Trukikaitis_Postimees, lk 34
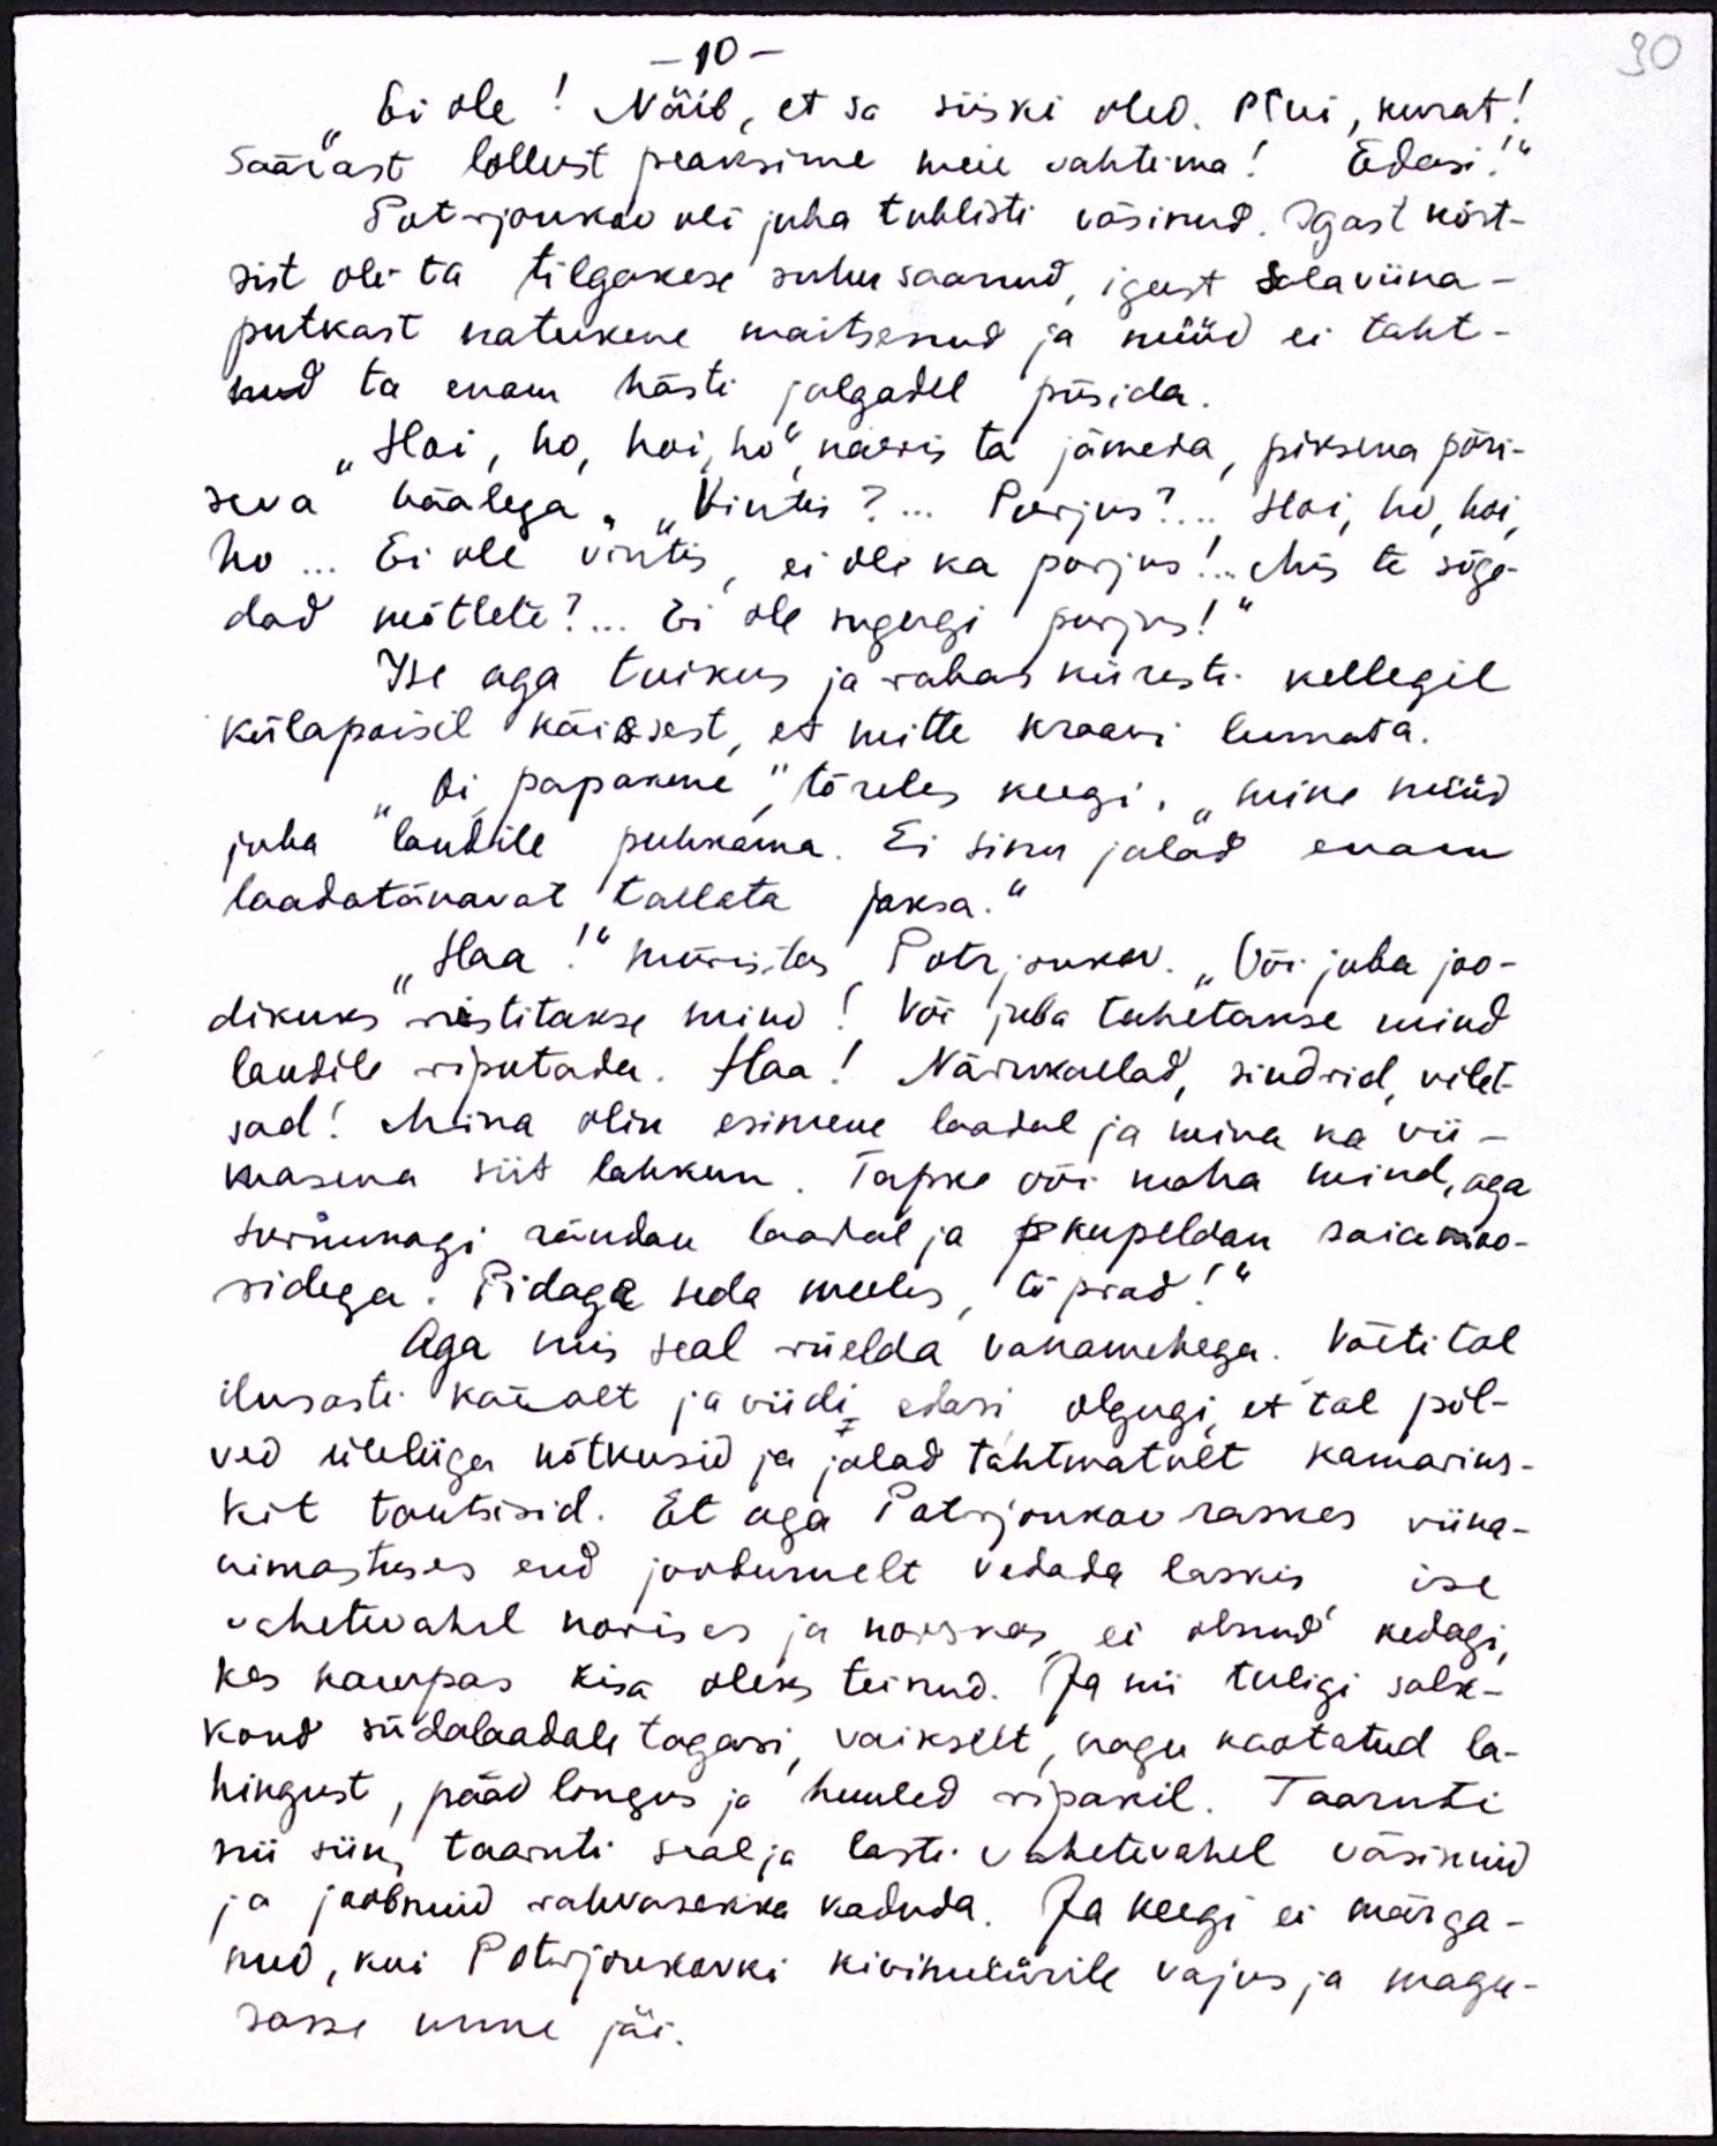
30

10 -
"Ei ole! Näib, et sa siiski oled. Ptui, kurat!
Säärast lollust peaksime meie vahtima! Edasi!“
Potrjonkov oli juba tublisti väsinud. Igast kõrt-
sist oli ta tilgakese suhu saanud, igast salaviina-
putkast natukene maitsenud ja nüüd ei taht-
nud ta enam hästi jalgadel püsida.
"Hoi, ho, hoi, ho", naeris ta jämeda, piksena põri-
seva häälega. "Vintis?... Purjus?... Hoi, ho, hoi,
ho... Ei ole vintis, ei oli ka purjus!... Mis te sõge-
dad mõtlete?... Ei ole sugugi purjus!“
Ise aga tuikus ja rabas kiiresti kellegil
külapoisil käissest, et mitte kraavi lennata.
Oi papakene," tõreles keegi, "mine nüüd
juba laudile puhkama. Ei sinu jalad enam
laadatänavat tallata jaksa."
"Haa!" müristas Potrjonkov. "Või juba joo-
dikuks ristitakse mind! Või juba tahetakse mind
laudile riputada. Haa! Närukaelad, sindrid, vilet-
sad! Mina olin esimene laadal ja mina ka vii-
masena siit lahkun. Tapke või maha mind, aga
surnunagi rändan laadal ja p kupeldan saiamoo-
ridega. Pidaga seda meeles, tõprad!"
Aga mis seal riielda vanamehega. Võeti tal
ilusasti käealt ja viidi, edasi olgugi, et tal põl-
vad üleliiga nõtkusid ja jalad tahtmatult kamariks-
kit tantsisid. Et aga Potrjonkov raskes viina-
umastuses end joobunult vedada laskis ise
vahetevahel norises ja norskas ei olnud kedagi,
kes kampas kisa oleks teinud. Ja nii tuligi salk-
kond südalaadale tagasi, vaikselt, nagu kaotatud la-
hingust, pääd longus ja huuled ripakil. Taaruti
nii siin, taaruti seal ja lasti vahetevahel väsinuid
ja joobnuid rahvasekka kaduda. Ja keegi ei märga-
nud, kui Potrjonkovki kivimüürile vajus ja magu-
sasse unne jäi.